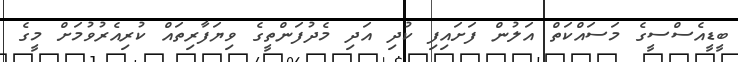
ބީޑީއެސްސީގެ މަސައްކަތް އަލުން ފަށައިފި ކުދި އަދި މެދުފަންތީގެ ވިޔަފާރިތައް ކުރިއެރުވުމަށް މީގެ